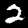
Label: 2